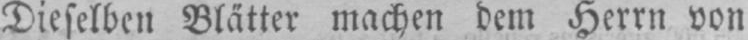
Dieselben Blätter machen dem Herrn von